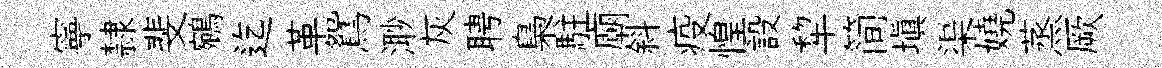
寧隸斐鵷迄革鴛𣺌灰聘梟駐廟斜疫惶設犂简塡渠嬈蒸厥